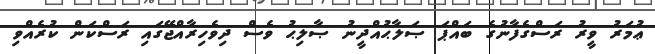
ޢުމަރު ވީރު ރަސްގެފާނުގެ ބައްޕަ ޞަލާޙުއްދީނު ޞާލިޙު ވެސް ދިވެހިރާއްޖޭގައި ރަސްކަން ކުރެއްވި